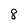
Character: 8